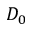
D _ { 0 }